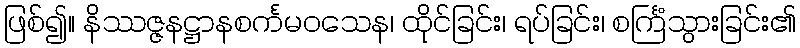
ဖြစ်၍။ နိဿဇ္ဇနဋ္ဌာနစင်္ကမဝသေန၊ ထိုင်ခြင်း၊ ရပ်ခြင်း၊ စင်္ကြံသွားခြင်း၏